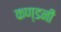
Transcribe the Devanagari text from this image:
कण्डनी